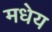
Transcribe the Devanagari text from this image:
मधेय